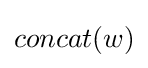
concat(w)